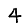
Digit: 4